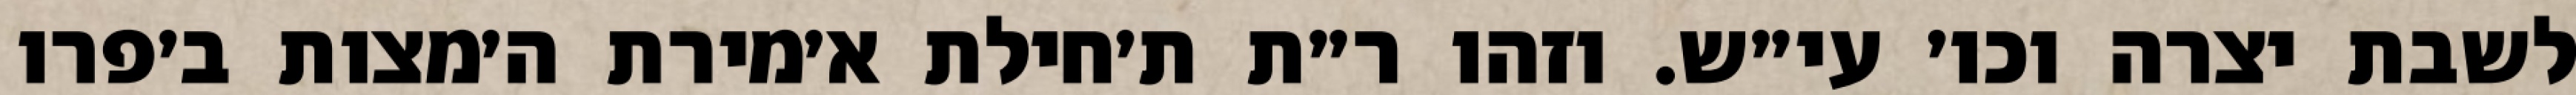
לשבת יצרה וכו׳ עי״ש. וזהו ר״ת ת׳חילת א׳מירת ה׳מצות ב׳פרו